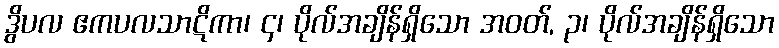
ဒွိပလ ဧကပလသာဋိကာ၊ ၄၊ ပိုလ်အချိန်ရှိသော အဝတ်, ၃၊ ပိုလ်အချိန်ရှိသော